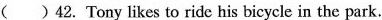
( )42. Tony likes to ride his bicycle in the park.